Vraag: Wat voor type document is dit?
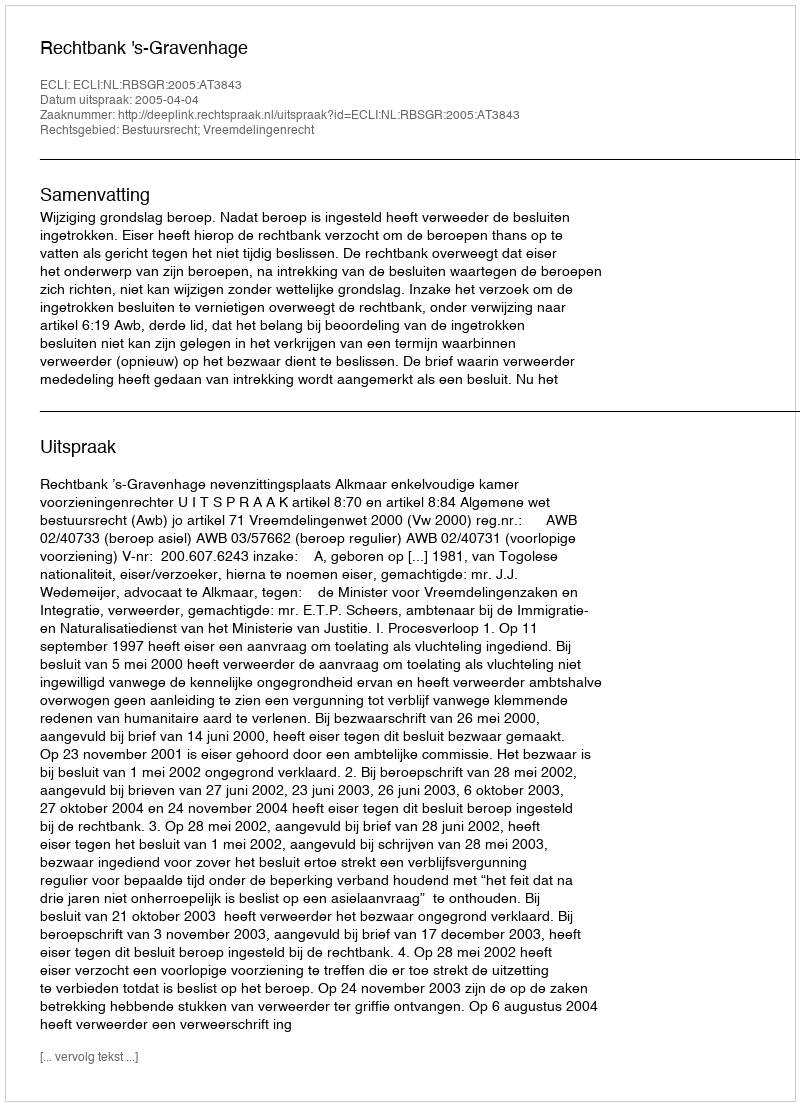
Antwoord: Uitspraak